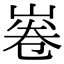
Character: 㟡